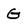
Character: G